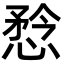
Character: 㥤